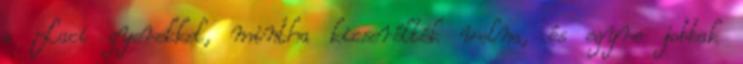
a Laci gyerekkel, mintha kicserélték volna, és egyre jobbak